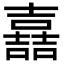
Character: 嚞